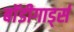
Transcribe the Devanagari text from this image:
बाॅडीगार्ड्स